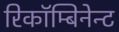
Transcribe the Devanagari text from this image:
रिकॉम्बिनेन्ट